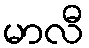
မာလီ